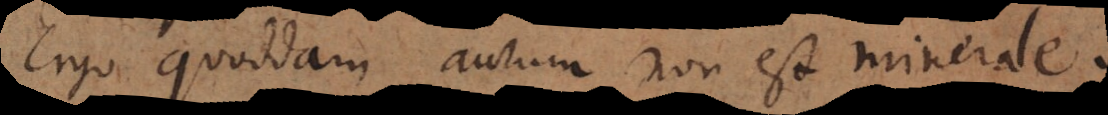
Ergo quoddam aurum non est minerale.